Annual administration and progress report of the Indian Medical Department, Bombay
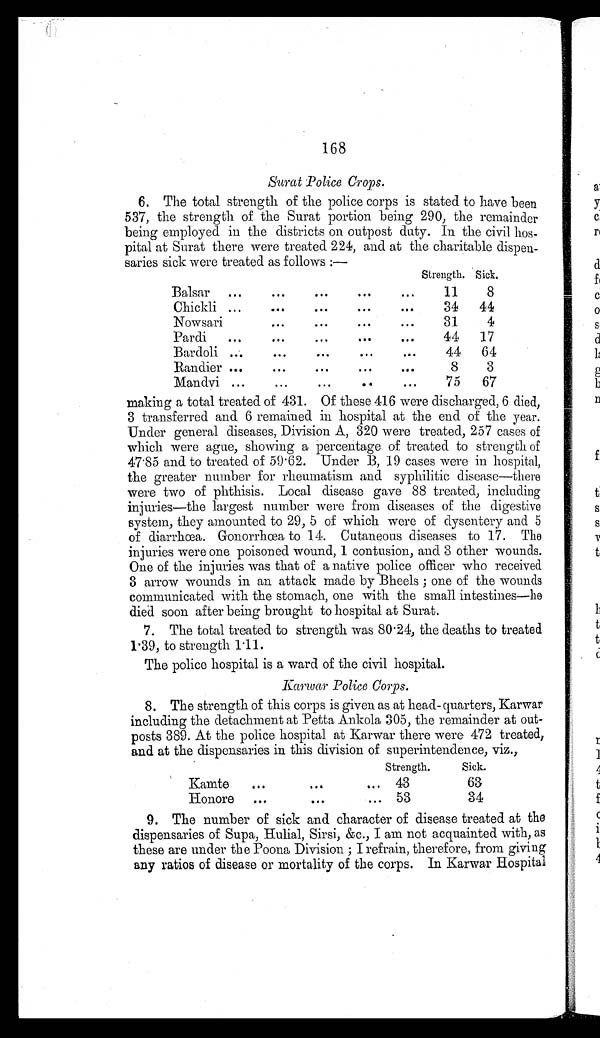
168
Surat Police Crops.
6. The total strength of the police corps is stated to have been
537, the strength of the Surat portion being 290, the remainder
being employed in the districts on outpost duty. In the civil hos
-pital at Surat there were treated 224, and at the charitable dispen
-saries sick were treated as follows:—
Strength. Sick.
Balsar . . .
11
8
Chickli . . .
34 44
Nowsari . . .
31
4
Pardi . . .
44 17
Bardoli . . .
44 64
Randier . . .
8
3
Mandvi . . .
7 5 67
making a total treated of 431. Of these 416 were discharged, 6 died,
3 transferred and 6 remained in hospital at the end of the year.
Under general diseases, Division A, 320 were treated, 257 cases of
which were ague, showing a percentage of treated to strength of
47.85 and to treated of 59.62. Under B, 19 cases were in hospital,
the greater number for rheumatism and syphilitic disease—there
were two of phthisis. Local disease gave 88 treated, including
injuries—the largest number were from diseases of the digestive
system, they amounted to 29, 5 of which were of dysentery and 5
of diarrhœa. Gonorrhœa to 14. Cutaneous diseases to 17. The
injuries were one poisoned wound, 1 contusion, and 3 other wounds.
One of the injuries was that of a native police officer who received
3 arrow wounds in an attack made by Bheels; one of the wounds
communicated with the stomach, one with the small intestines—he
died soon after being brought to hospital at Surat.
7. The total treated to strength was 80.24, the deaths to treated
1.39, to strength 1.11.
The police hospital is a ward of the civil hospital.
K a r w a r P o l i c e C o r p s .
8. The strength of this corps is given as at head-quarters, Karwar
including the detachment at Petta Ankola 305, the remainder at out
- p o s t s 3 8 9 . A t t h e p o l i c e h o s p i t a l a t K a r w a r t h e r e w e r e 4 7 2 t r e a t e d ,
and at the dispensaries in this division of superintendence, viz.,
Strength.
Sick.
Kamte . . . 43
63
Honore . . . 53
34
9. The number of sick and character of disease treated at the
dispensaries of Supa, Hulial, Sirsi, &c., I am not acquainted with, as
these are under the Poona Division; I refrain, therefore, from giving
any ratios of disease or mortality of the corps. In Karwar Hospital